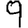
Digit: 9